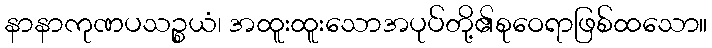
နာနာကုဏပသဉ္စယံ၊ အထူးထူးသောအပုပ်တို့၏စုဝေရာဖြစ်ထသော။